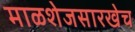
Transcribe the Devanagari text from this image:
माळशेजसारखेच